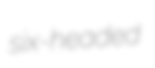
six-headed